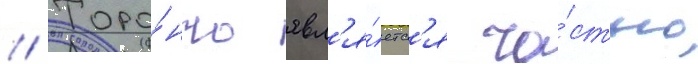
// Торо́нто явл'я́етс'я ча́стью